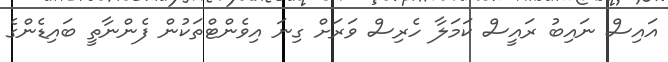
އައިސް ނައިބު ރައީސް ކަމަލާ ހެރިސް ވަރަށް ގިނަ އިވެންޓްތަކުން ފެންނާތީ ބައިޑެންގެ